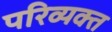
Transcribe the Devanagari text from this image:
परिव्यक्त